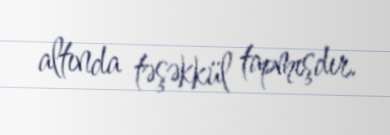
altında təşəkkül tapmışdır.